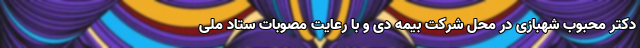
دکتر محبوب شهبازی در محل شرکت بیمه دی و با رعایت مصوبات ستاد ملی